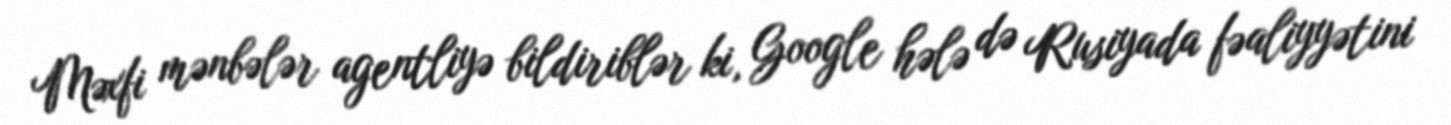
Məxfi mənbələr agentliyə bildiriblər ki, Google hələ də Rusiyada fəaliyyətini